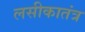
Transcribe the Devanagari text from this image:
लसीकातंत्र